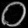
Digit: ၀